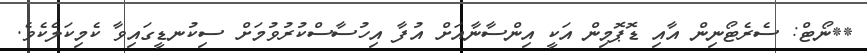
**ނޯޓް: ސެރެޓޯނިން އާއި ޑޮޕޮމިން އަކީ އިންސާނާއަށް އުފާ އިހުސާސްކުރުވުމަށް ސިކުނޑީގައިވާ ކެމިކަލެކެވެ.